Document type: Anniversary endowment
Year: 1486
Scribe: Bartomeu Masons
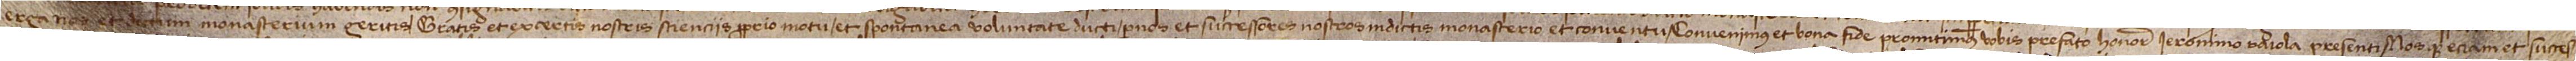
erga nos et dictum monasterium geritis, gratis et ex certis nostris scienciis, proprio motu et spontanea voluntate ducti, per nos et successores nostros in dictis monasterio et conventu, convenimus et bona fide promitimus vobis prefato honorabili Ieronimo Raiola, presenti, nosque etiam et succes-